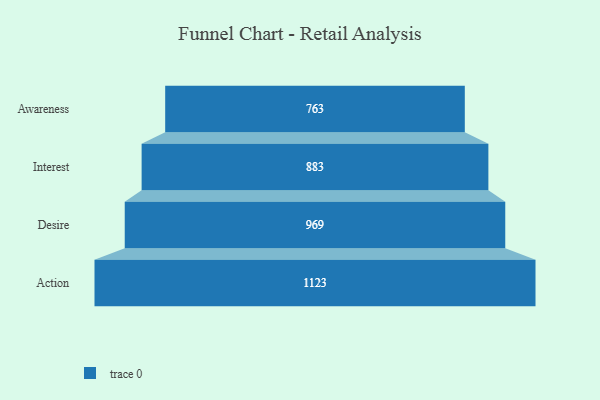
{"axis": {"x": "Stage", "y": "Value"}, "legend": [""], "data": [{"x": "Awareness", "y": 763.0, "type": ""}, {"x": "Interest", "y": 883.0, "type": ""}, {"x": "Desire", "y": 969.0, "type": ""}, {"x": "Action", "y": 1123.0, "type": ""}]}